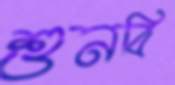
শুনবি